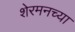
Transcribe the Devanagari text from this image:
शेरमनच्या